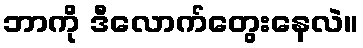
ဘာကို ဒီလောက်တွေးနေလဲ။